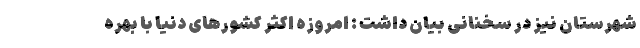
شهرستان نیز در سخنانی بیان داشت : امروزه اکثر کشورهای دنیا با بهره